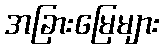
အခြားမြေများ